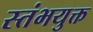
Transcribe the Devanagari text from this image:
स्तंभयुक्त